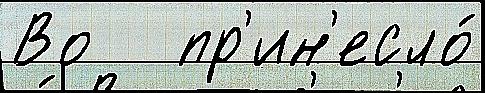
Во   пр'ин'есло́